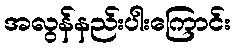
အလွန်နည်းပါးကြောင်း